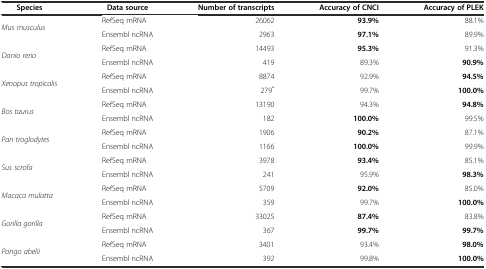
<table><thead><tr><td><b>Species</b></td><td><b>Data source</b></td><td><b>Number of transcripts</b></td><td><b>Accuracy of CNCI</b></td><td><b>Accuracy of PLEK</b></td></tr></thead><tbody><tr><td rowspan="2"><i>Mus musculus</i></td><td>RefSeq mRNA</td><td>26062</td><td><b>93.9%</b></td><td>88.1%</td></tr><tr><td>Ensembl ncRNA</td><td>2963</td><td><b>97.1%</b></td><td>89.9%</td></tr><tr><td rowspan="2"><i>Danio rerio</i></td><td>RefSeq mRNA</td><td>14493</td><td><b>95.3%</b></td><td>91.3%</td></tr><tr><td>Ensembl ncRNA</td><td>419</td><td>89.3%</td><td><b>90.9%</b></td></tr><tr><td rowspan="2"><i>Xenopus tropicalis</i></td><td>RefSeq mRNA</td><td>8874</td><td>92.9%</td><td><b>94.5%</b></td></tr><tr><td>Ensembl ncRNA</td><td>279<sup>*</sup></td><td>99.7%</td><td><b>100.0%</b></td></tr><tr><td rowspan="2"><i>Bos taurus</i></td><td>RefSeq mRNA</td><td>13190</td><td>94.3%</td><td><b>94.8%</b></td></tr><tr><td>Ensembl ncRNA</td><td>182</td><td><b>100.0%</b></td><td>99.5%</td></tr><tr><td rowspan="2"><i>Pan troglodytes</i></td><td>RefSeq mRNA</td><td>1906</td><td><b>90.2%</b></td><td>87.1%</td></tr><tr><td>Ensembl ncRNA</td><td>1166</td><td><b>100.0%</b></td><td>99.9%</td></tr><tr><td rowspan="2"><i>Sus scrofa</i></td><td>RefSeq mRNA</td><td>3978</td><td><b>93.4%</b></td><td>85.1%</td></tr><tr><td>Ensembl ncRNA</td><td>241</td><td>95.9%</td><td><b>98.3%</b></td></tr><tr><td rowspan="2"><i>Macaca mulatta</i></td><td>RefSeq mRNA</td><td>5709</td><td><b>92.0%</b></td><td>85.0%</td></tr><tr><td>Ensembl ncRNA</td><td>359</td><td>99.7%</td><td><b>100.0%</b></td></tr><tr><td rowspan="2"><i>Gorilla gorilla</i></td><td>RefSeq mRNA</td><td>33025</td><td><b>87.4%</b></td><td>83.8%</td></tr><tr><td>Ensembl ncRNA</td><td>367</td><td><b>99.7%</b></td><td><b>99.7%</b></td></tr><tr><td rowspan="2"><i>Pongo abelii</i></td><td>RefSeq mRNA</td><td>3401</td><td>93.4%</td><td><b>98.0%</b></td></tr><tr><td>Ensembl ncRNA</td><td>392</td><td>99.8%</td><td><b>100.0%</b></td></tr></tbody></table>